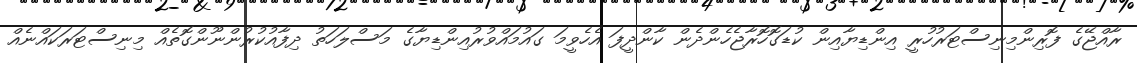
ރާއްޖޭގެ ފޮރިންމިނިސްޓަރުހުރީ އިންޑިޔާއިން ކުޑަގޮހޮރާޖެހެންދެން ކާންދީފަ އެހެވީމަ ގައުމައްވުރުއިންޑިޔާގެ މަސްލަހަތު ދިފާއުކުރުންނޫންގޮތެއް މިނިސްޓަރަކައްނެއް